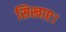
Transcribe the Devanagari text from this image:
सिखाए।